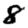
Digit: 8